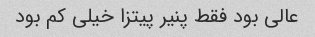
عالی بود فقط پنیر پیتزا خیلی کم بود